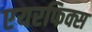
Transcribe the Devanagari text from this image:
एयरफिक्स